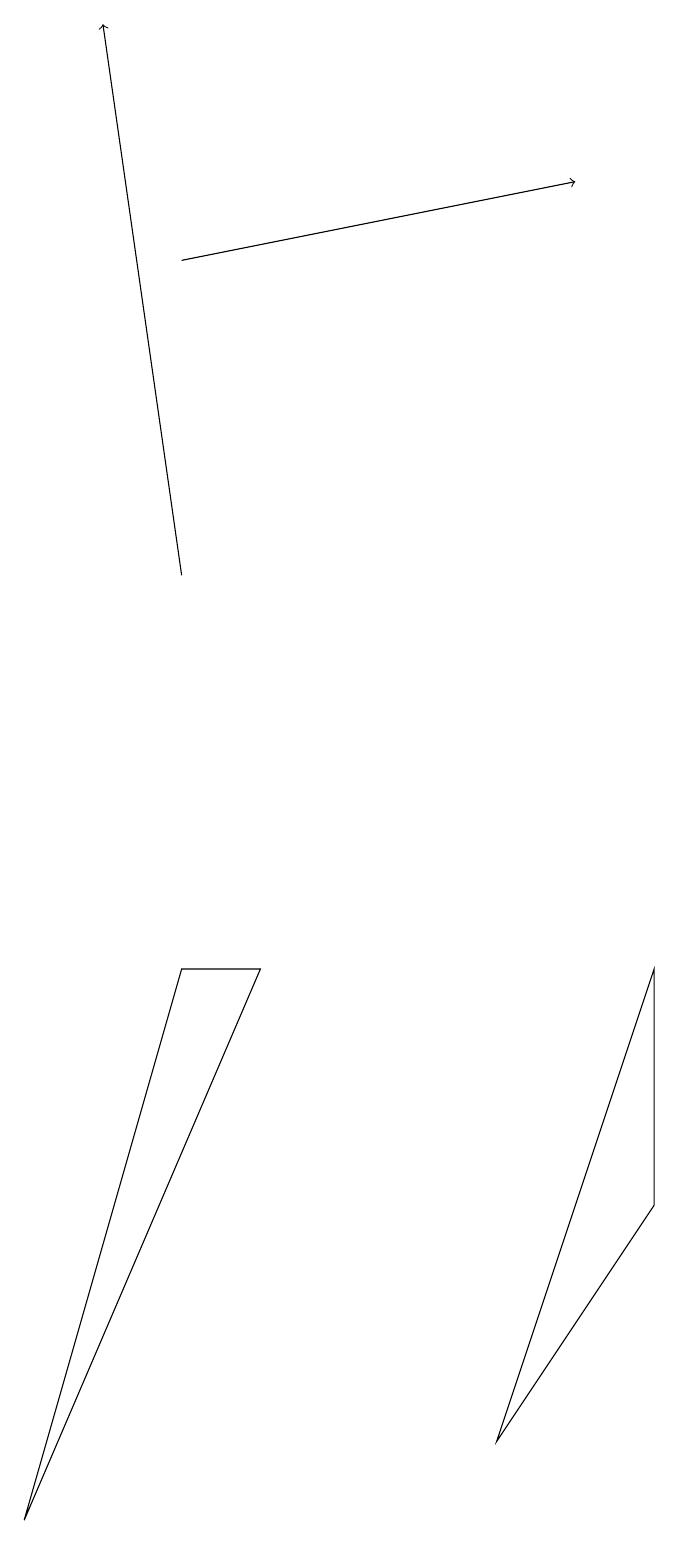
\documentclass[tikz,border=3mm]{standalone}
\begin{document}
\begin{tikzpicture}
\draw (9,7) -- (7,1) -- (9,4) -- cycle;
\draw[->] (3,12) -- (2,19);
\draw[->] (3,16) -- (8,17);
\draw (4,7) -- (1,0) -- (3,7) -- cycle;
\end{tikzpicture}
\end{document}